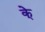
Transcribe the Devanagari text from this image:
के्